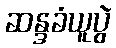
ဆန္ဒခံယူပွဲ